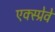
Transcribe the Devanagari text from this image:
एक्स्प्रेवे